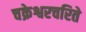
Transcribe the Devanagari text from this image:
चक्रेश्वरचरिते